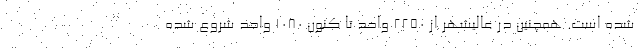
شده است. همچنین در عالیشهر از ۲۲۵۰ واحد تا کنون ۱۰۸۰ واحد شروع شده